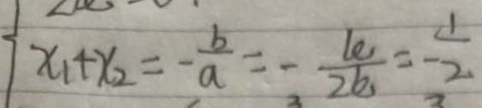
x _ { 1 } + x _ { 2 } = - \frac { b } { a } = - \frac { k } { 2 k } = - \frac { 1 } { 2 }